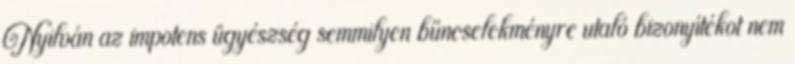
Nyilván az impotens ügyészség semmilyen bűncselekményre utaló bizonyítékot nem